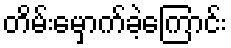
တိမ်းမှောက်ခဲ့ကြောင်း